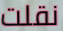
نقلت